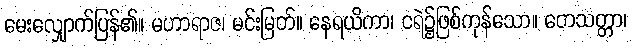
မေးလျှောက်ပြန်၏။ မဟာရာဇ၊ မင်းမြတ်။ နေရယိကာ၊ ငရဲ၌ဖြစ်ကုန်သော။ တေသတ္တာ၊